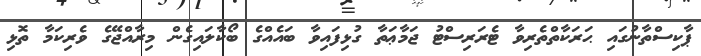
ޕާކިސްތާނުގައި ޙަރަކާތްތެރިވާ ޓެރަރިސްޓު ޖަމާޢަތާ ގުޅިފައިވާ ބައެއްގެ ބޯކާލައިގެން މިރާއްޖޭގެ ވެރިކަމާ ތޮޅި